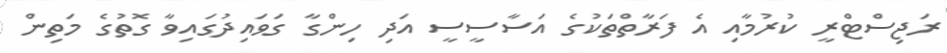
ރަޖިސްޓްރީ ކުރުމާއި އެ ފަރާތްތަކުގެ އަސާސީސީ އަދި ހިންގާ ގަވައިދުގައިވާ ގޮތުގެ މަތިން